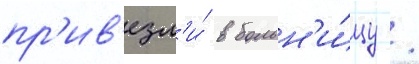
пр'ив'езл'и́ в больн'и́цу /